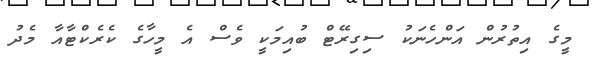
މީގެ އިތުރުން އަންހެނަކު ސިގިރޭޓް ބުއިމަކީ ވެސް އެ މީހާގެ ކެރެކްޓާއާ މެދު